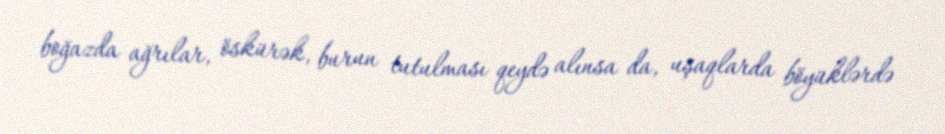
boğazda ağrılar, öskürək, burun tutulması qeydə alınsa da, uşaqlarda böyüklərdə